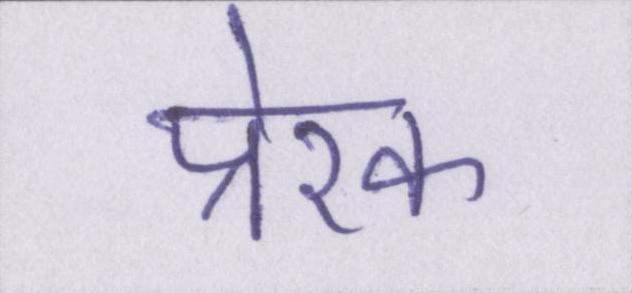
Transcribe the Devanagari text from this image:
प्रेरक